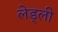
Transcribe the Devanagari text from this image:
लेड्ली